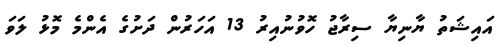
އައިޝަތު ޔާނިޔާ ސިރާޖު ހޮވުނުއިރު 13 އަހަރުން ދަށުގެ އެންމެ މޮޅު ލަވަ